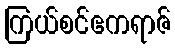
ကြယ်စင်ဧကရာဇ်